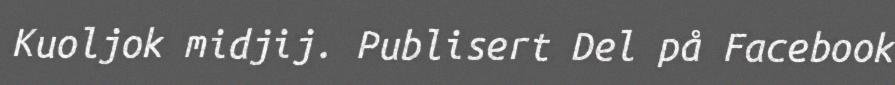
Kuoljok midjij. Publisert Del på Facebook